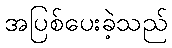
အပြစ်ပေးခဲ့သည်